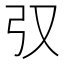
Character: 𢎤